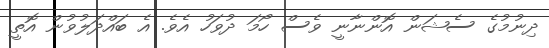
ދިނުމުގެ ސެޝަން އޮންނާނީ ވެސް ހޯމަ ދުވަހު އެވެ. އެ ބައްދަލުވުން އޮތީ